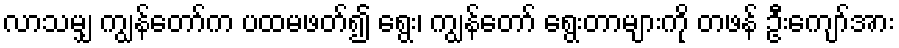
လာသမျှ ကျွန်တော်က ပထမဖတ်၍ ရွေး၊ ကျွန်တော် ရွေးတာများကို တဖန် ဦးကျော်အား